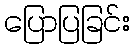
ပြောပြခြင်း